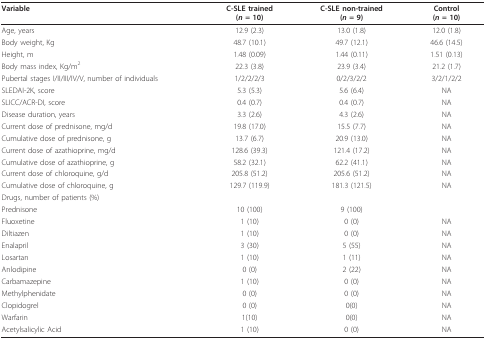
<table><thead><tr><td><b>Variable</b></td><td><b>C-SLE trained(<i>n </i>= 10)</b></td><td><b>C-SLE non-trained(<i>n </i>= 9)</b></td><td><b>Control(<i>n </i>= 10)</b></td></tr></thead><tbody><tr><td>Age, years</td><td>12.9 (2.3)</td><td>13.0 (1.8)</td><td>12.0 (1.8)</td></tr><tr><td>Body weight, Kg</td><td>48.7 (10.1)</td><td>49.7 (12.1)</td><td>46.6 (14.5)</td></tr><tr><td>Height, m</td><td>1.48 (0.09)</td><td>1.44 (0.11)</td><td>1.51 (0.13)</td></tr><tr><td>Body mass index, Kg/m<sup>2</sup></td><td>22.3 (3.8)</td><td>23.9 (3.4)</td><td>21.2 (1.7)</td></tr><tr><td>Pubertal stages I/II/III/IV/V, number of individuals</td><td>1/2/2/2/3</td><td>0/2/3/2/2</td><td>3/2/1/2/2</td></tr><tr><td>SLEDAI-2K, score</td><td>5.3 (5.3)</td><td>5.6 (6.4)</td><td>NA</td></tr><tr><td>SLICC/ACR-DI, score</td><td>0.4 (0.7)</td><td>0.4 (0.7)</td><td>NA</td></tr><tr><td>Disease duration, years</td><td>3.3 (2.6)</td><td>4.3 (2.6)</td><td>NA</td></tr><tr><td>Current dose of prednisone, mg/d</td><td>19.8 (17.0)</td><td>15.5 (7.7)</td><td>NA</td></tr><tr><td>Cumulative dose of prednisone, g</td><td>13.7 (6.7)</td><td>20.9 (13.0)</td><td>NA</td></tr><tr><td>Current dose of azathioprine, mg/d</td><td>128.6 (39.3)</td><td>121.4 (17.2)</td><td>NA</td></tr><tr><td>Cumulative dose of azathioprine, g</td><td>58.2 (32.1)</td><td>62.2 (41.1)</td><td>NA</td></tr><tr><td>Current dose of chloroquine, g/d</td><td>205.8 (51.2)</td><td>205.6 (51.2)</td><td>NA</td></tr><tr><td>Cumulative dose of chloroquine, g</td><td>129.7 (119.9)</td><td>181.3 (121.5)</td><td>NA</td></tr><tr><td>Drugs, number of patients (%)</td><td></td><td></td><td></td></tr><tr><td>Prednisone</td><td>10 (100)</td><td>9 (100)</td><td></td></tr><tr><td>Fluoxetine</td><td>1 (10)</td><td>0 (0)</td><td>NA</td></tr><tr><td>Diltiazen</td><td>1 (10)</td><td>0 (0)</td><td>NA</td></tr><tr><td>Enalapril</td><td>3 (30)</td><td>5 (55)</td><td>NA</td></tr><tr><td>Losartan</td><td>1 (10)</td><td>1 (11)</td><td>NA</td></tr><tr><td>Anlodipine</td><td>0 (0)</td><td>2 (22)</td><td>NA</td></tr><tr><td>Carbamazepine</td><td>1 (10)</td><td>0 (0)</td><td>NA</td></tr><tr><td>Methylphenidate</td><td>0 (0)</td><td>0 (0)</td><td>NA</td></tr><tr><td>Clopidogrel</td><td>0 (0)</td><td>0(0)</td><td>NA</td></tr><tr><td>Warfarin</td><td>1(10)</td><td>0(0)</td><td>NA</td></tr><tr><td>Acetylsalicylic Acid</td><td>1 (10)</td><td>0 (0)</td><td>NA</td></tr></tbody></table>